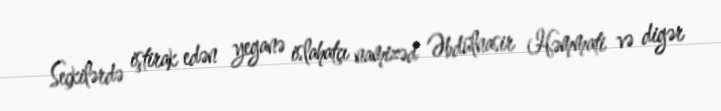
Seçkilərdə iştirak edən yeganə islahatçı namizəd Əbdülnasir Həmmati və digər